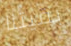
بقيتنا